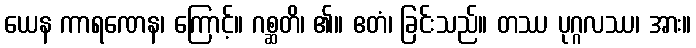
ယေန ကာရဏေန၊ ကြောင့်။ ဂစ္ဆတိ၊ ၏။ ဧတံ၊ ခြင်းသည်။ တဿ ပုဂ္ဂလဿ၊ အား။